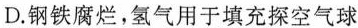
D.钢铁腐烂，氢气用于填充探空气球